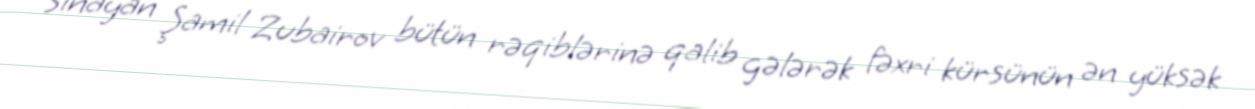
sınayan Şamil Zubairov bütün rəqiblərinə qalib gələrək fəxri kürsünün ən yüksək